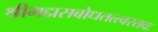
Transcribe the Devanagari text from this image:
श्रीमद्दासबोधतत्त्वस्तवः